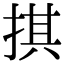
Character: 掑